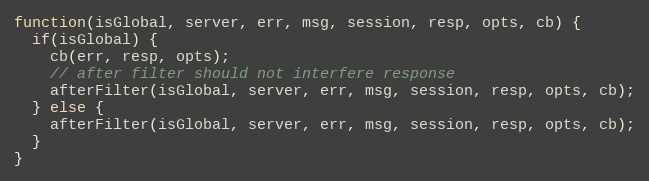
Language: JavaScript
function(isGlobal, server, err, msg, session, resp, opts, cb) {
  if(isGlobal) {
    cb(err, resp, opts);
    // after filter should not interfere response
    afterFilter(isGlobal, server, err, msg, session, resp, opts, cb);
  } else {
    afterFilter(isGlobal, server, err, msg, session, resp, opts, cb);
  }
}